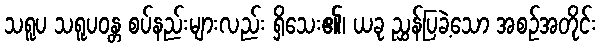
သရူပ သရူပဝန္တ စပ်နည်းများလည်း ရှိသေး၏၊ ယခု ညွှန်ပြခဲ့သော အစဉ်အတိုင်း